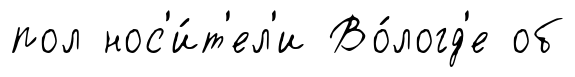
пол нос'и́т'ел'и Во́логд'е об